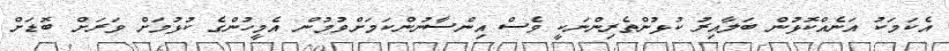
އެކަމަކު އަނެއްކޮޅުން ބަލާއިރު ކުޅުންތެރިންނަކީ ވެސް އިންސާނުންކަމަށްވުމުން އެމީހުންގެ ކުޅުމަށް ވަރަށް ބޮޑަށް